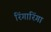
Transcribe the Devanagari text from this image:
रिंगारिंगा